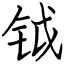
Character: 钺